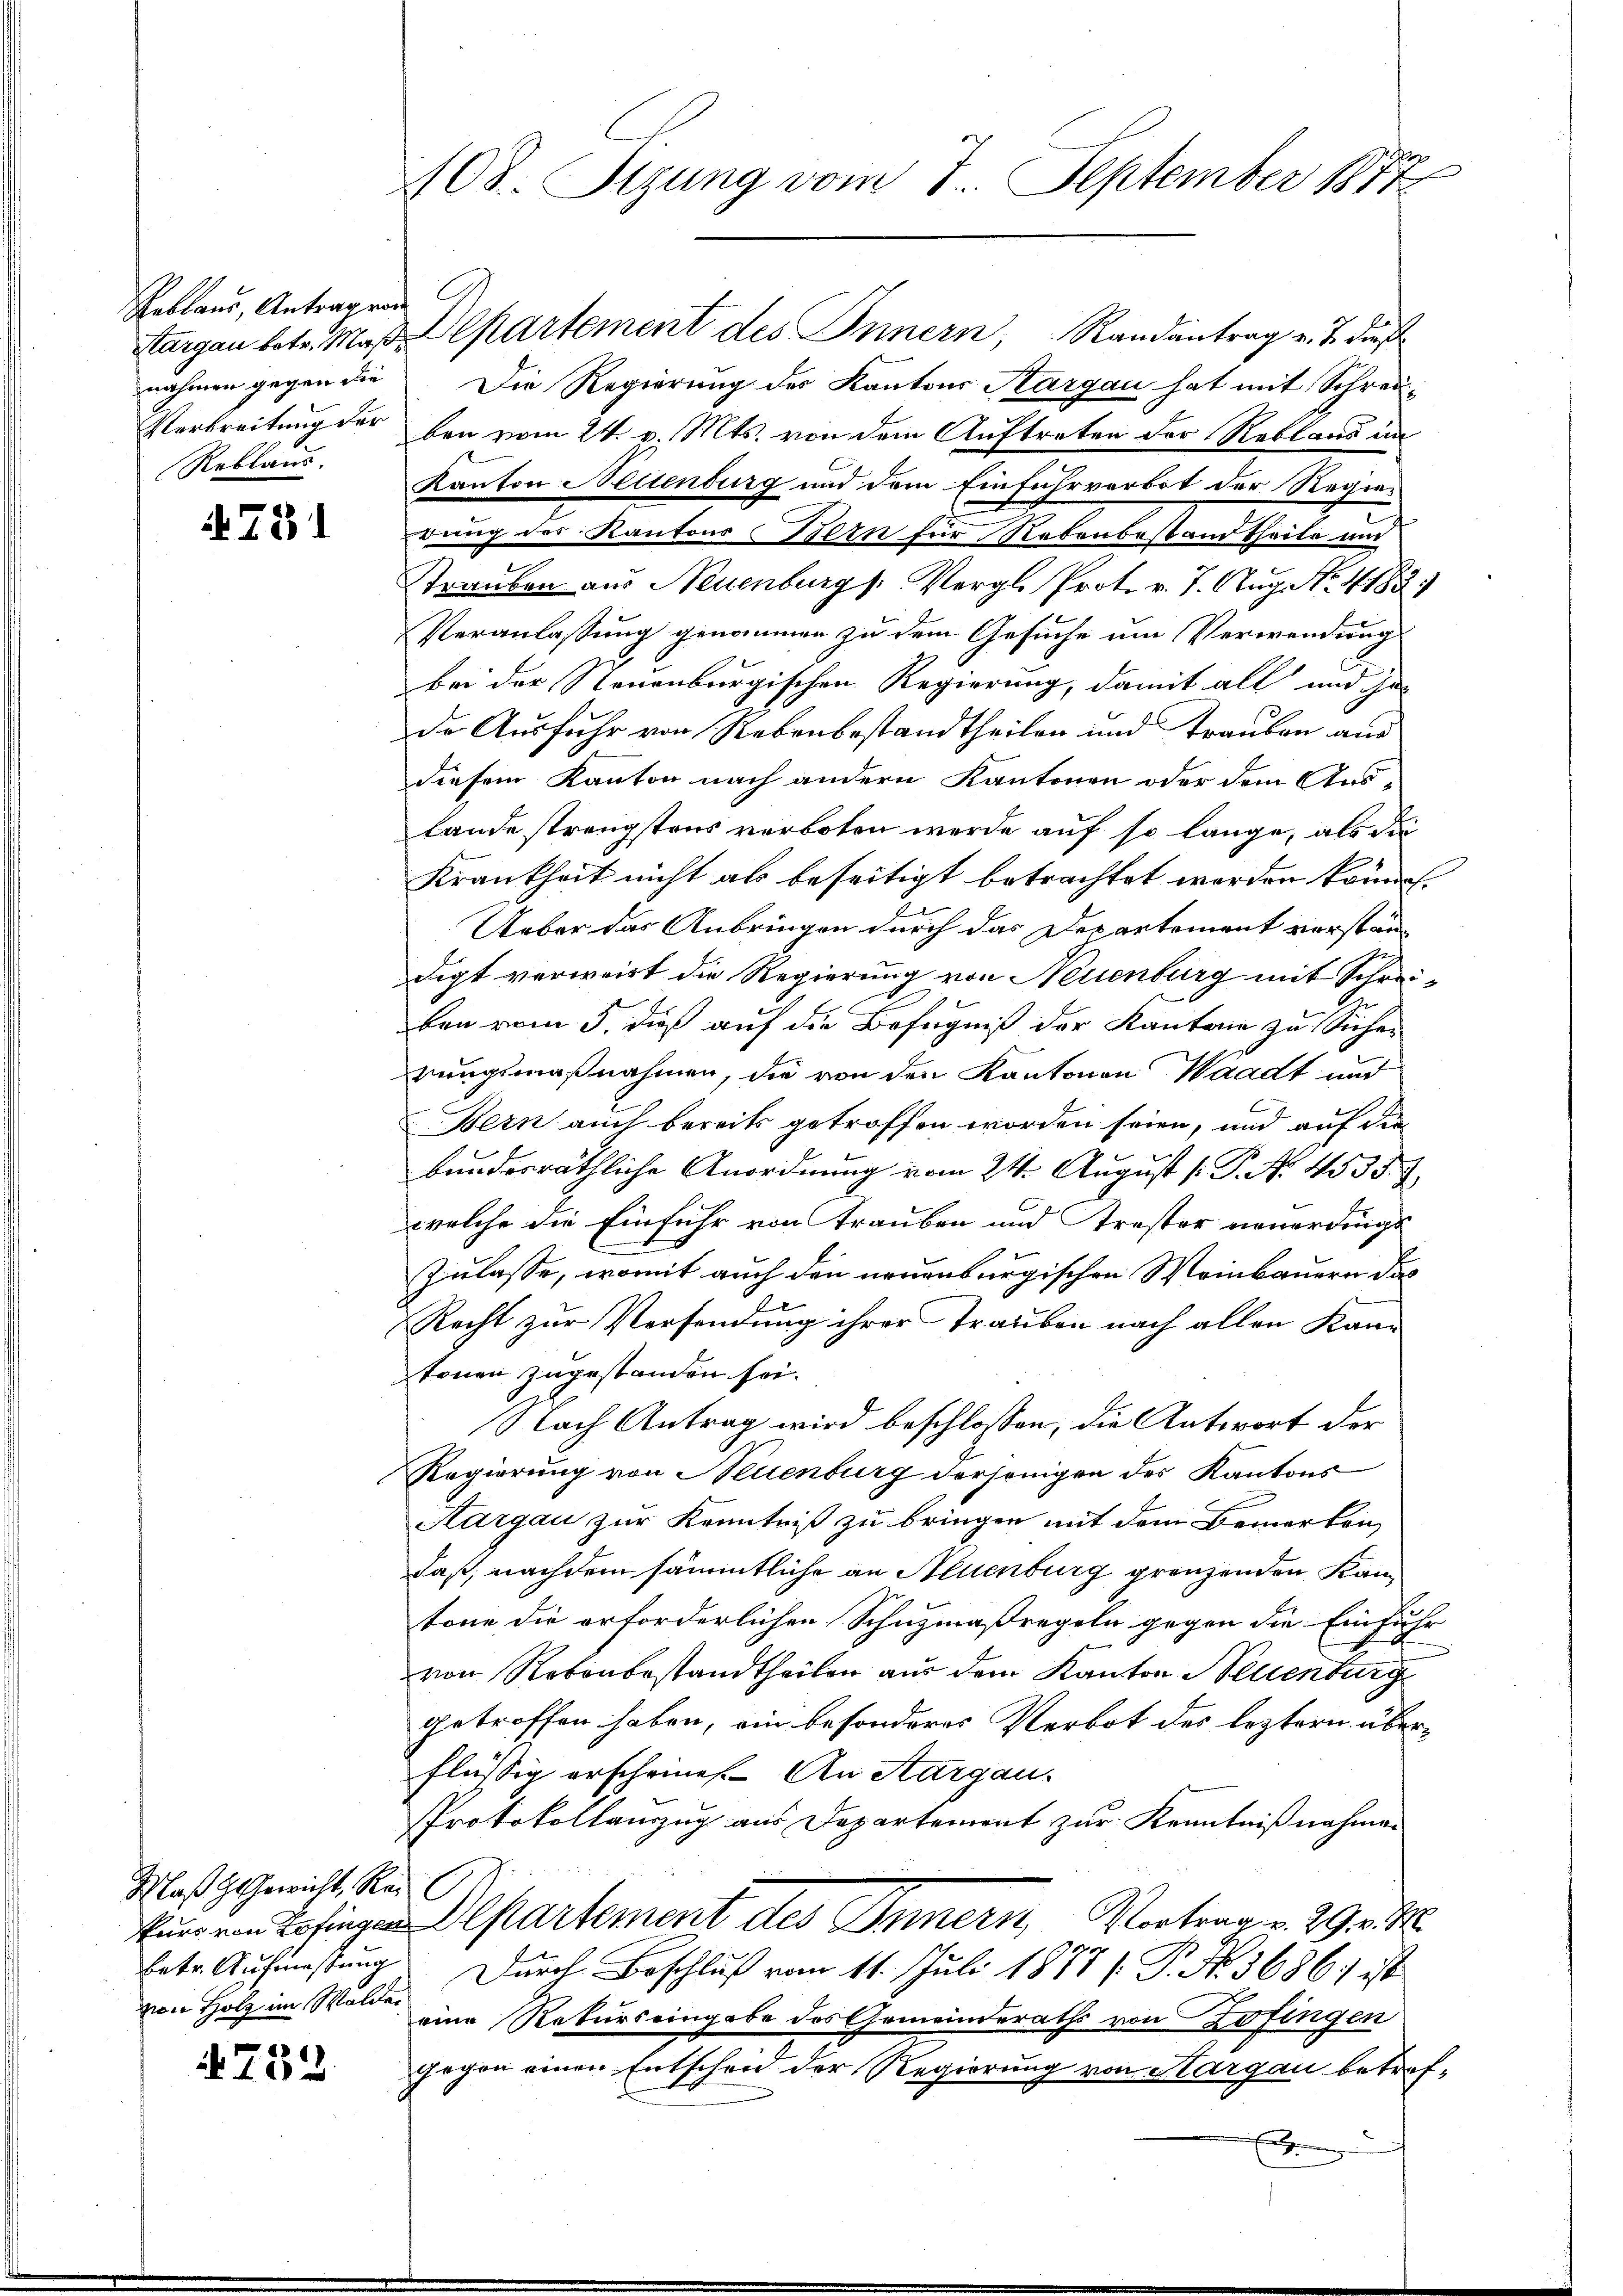
Reblaus, Antrag von
Rebland.

731

Maß Gewicht, Rei
von Holz im Walde

4752

108. Sizung vom 7. September 1871

Hargau betr. Mar. Departement des Innern, Randantrag v. J. dies
nahmen gegen die Die Regierung des Kantons Aargau hat mit Schrei-
Verbreitung der bei vom 24. v. Mts. von dem Auftreten der Reblaus im
Kanton Nettenburg und dem Einfuhrverbot der Regiedung des Kantons Bern für Robenbestand theile und
Tranken aus Neuenburg Vergl. Prot. v. 7. Aug. No. 4183)
Veranlassung genommen zu dem Gesuche um Verwendung
bei der Neuenburgischen Regierung, damit all und je-
die Ausfuhr von Rebenbestandtheilen und Trauben aus
diesem Kanton nach andern Kantonen oder dem Aus-
lande strengstens verboten werde auf so lange, als die
Krankheit nicht als beseitigt betrachtet werden könne.
Ueber das Anbringen durch das Departement vorstandigt verweist die Regierung von Neuenburg mit Schrei¬
C
ben vom 5. dieß auf die Befugniß der Kantone zu Sichen
rungsmaßnahmen, die von den Kantonen Waadt und
Bern auch bereits getroffen worden seien, und auf die
bundesräthliche Anordnung vom 24. August [P. No. 4535. 3
welche die Einfuhr von Trauben und rester neuerdings
Zulasse, womit auch den neuenburgischen Meinbauern das
Recht zur Versendung ihrer Trauben nach allen Kan-
tonen zugestanden sei.
Nach Antrag wird beschlossen, die Antwort der
Regierung von Neuenburg derjenigen der Kantons
Aargau zur Kenntniß zu bringen mit dem Bemerken,
daß, nachdem sämmtliche an Neuenburg gränzenden Kam
tone die erforderlichen Schuzmaßregeln gegen die Einfuhr
von Rebenbestandtheilen aus dem Kanton Neuenburg
getroffen haben, ein besonderes Verbot des leztern überflüssig erscheine. An Aargau.
PProtokollanzug aus Departement zur Kenntnißnahmen
Eier von Zofingen Departement des Innern, Vortrag v. 29. v. M.
betr. Aufmessung. Durch Beschluß vom 11. Juli 1877 [P. Nr. 3686; ist
eine Rekurs eingabe des Gemeinderaths von Zofingen
Gegen einen Entscheid der Regierung von Hargau betref-